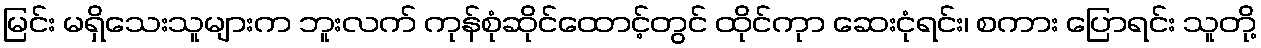
မြင်း မရှိသေးသူများက ဘူးလက် ကုန်စုံဆိုင်ထောင့်တွင် ထိုင်ကုာ ဆေးငုံရင်း၊ စကား ပြောရင်း သူတို့